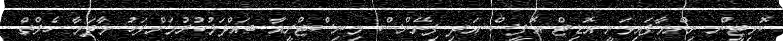
ކޮމިޓީން ނިންމާފައިވަނީ އޮޑިޓް އޮފީސް އަދި ފިނޭންސް މިނިސްޓްރީއާ ބައްދަލުކުރުމަށްފަހު މާދަމާ ހެލްތް